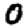
Digit: 0